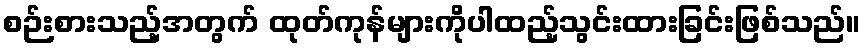
စဉ်းစားသည့်အတွက် ထုတ်ကုန်များကိုပါထည့်သွင်းထားခြင်းဖြစ်သည်။